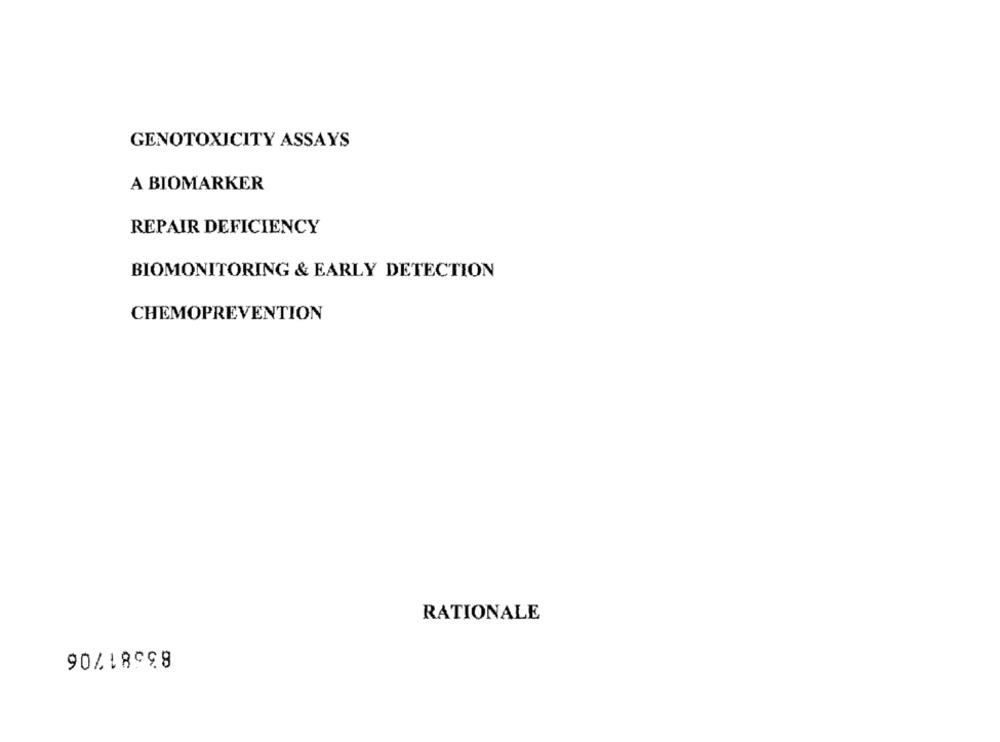
GENOTOXICITY ASSAYS
A BIOMARKER
REPAIR DEFICIENCY
BIOMONITORING & EARLY DETECTION
CHEMOPREVENTION
RATIONALE